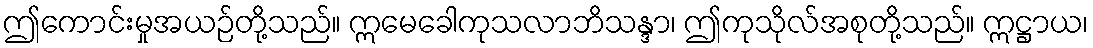
ဤကောင်းမှုအယဉ်တို့သည်။ ဣမေခေါကုသလာဘိသန္ဒာ၊ ဤကုသိုလ်အစုတို့သည်။ ဣဋ္ဌာယ၊